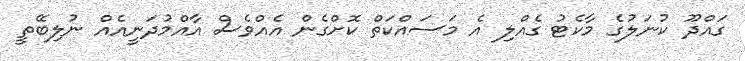
ގައްދޫ ކުނަލުގެ މާކެޓު ގެއްލި އެ މަސައްކަތް ކޮށްގެން އެއްވެސް އާއްމުދަނީއެއް ނުލިބޭތީ